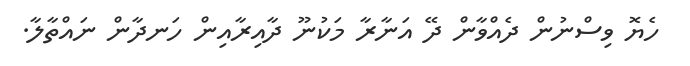
ހެޔޮ ވިސްނުން ދެއްވާން ދޭ އަނާރާ މަކުނޫ ދާއިރާއިން ހަނދާން ނައްތާލާ.